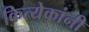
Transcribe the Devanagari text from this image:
कित्येकांनी